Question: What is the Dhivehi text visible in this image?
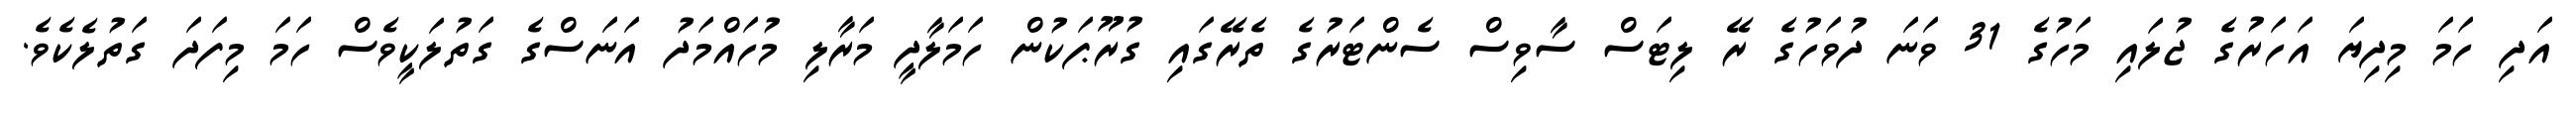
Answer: އަދި ހަމަ މިދިޔަ އަހަރުގެ ޖުލައި މަހުގެ 31 ވަނަ ދުވަހުގެ ރޭ ލިޓަސް ސާވިސް ސެންޓަރުގެ ތެރޭގައި ގުރޫޕަކުން ހަމަލާދީ މަރާލި މުހައްމަދު އަނަސްގެ ގަތުލަކީވެސް ހަމަ މިފަދަ ގަތުލެކެވެ.